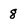
Character: 8